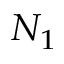
N _ { 1 }